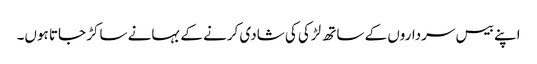
اپنے بیس سرداروں کے ساتھ لڑکی کی شادی کرنے کے بہانے ساکڑ جاتا ہوں۔